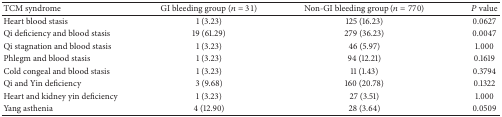
| TCM syndrome | GI bleeding group (n = 31) | Non-GI bleeding group (n = 770) | P value |
 | --- | --- | --- | --- |
 | Heart blood stasis | 1 (3.23) | 125 (16.23) | 0.0627 |
 | Qi deficiency and blood stasis | 19 (61.29) | 279 (36.23) | 0.0047 |
 | Qi stagnation and blood stasis | 1 (3.23) | 46 (5.97) | 1.000 |
 | Phlegm and blood stasis | 1 (3.23) | 94 (12.21) | 0.1619 |
 | Cold congeal and blood stasis | 1 (3.23) | 11 (1.43) | 0.3794 |
 | Qi and Yin deficiency | 3 (9.68) | 160 (20.78) | 0.1322 |
 | Heart and kidney yin deficiency | 1 (3.23) | 27 (3.51) | 1.000 |
 | Yang asthenia | 4 (12.90) | 28 (3.64) | 0.0509 |